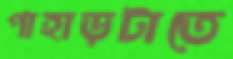
পাহাড়টাতে